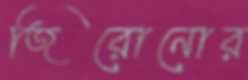
জিরোনোর